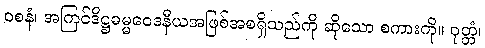
ဝစနံ၊ အကြင်ဒိဋ္ဌဓမ္မဝေဒနီယအဖြစ်အစရှိသည်ကို ဆိုသော စကားကို။ ဝုတ္တံ၊